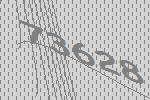
73628